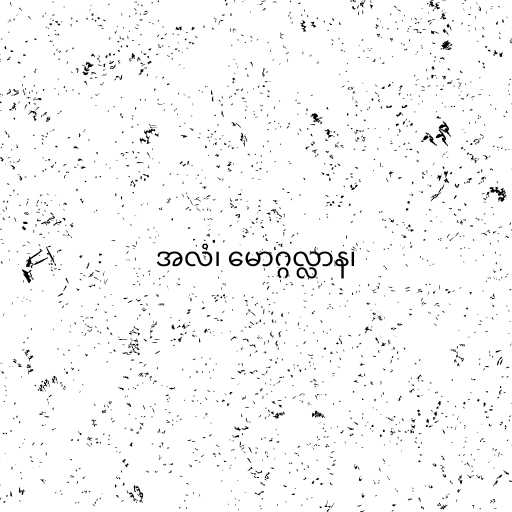
အလံ၊ မောဂ္ဂလ္လာန၊